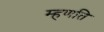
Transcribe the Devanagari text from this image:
म्हणति